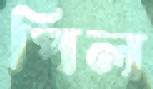
পিল